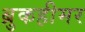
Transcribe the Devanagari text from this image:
ब्रुकहीमर